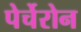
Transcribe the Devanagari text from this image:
पेर्चेरोन